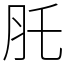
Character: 𦘴